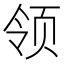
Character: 领